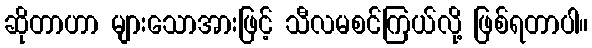
ဆိုတာဟာ များသောအားဖြင့် သီလမစင်ကြယ်လို့ ဖြစ်ရတာပါ။